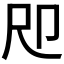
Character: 𡰰